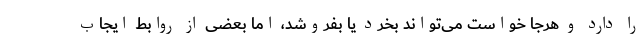
را دارد و هرجا خواست می‌تواند بخرد یا بفروشد، اما بعضی از روابط ایجاب